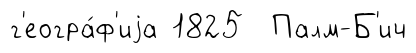
г'еогра́ф'иjа 1825 Палм-Б'ич